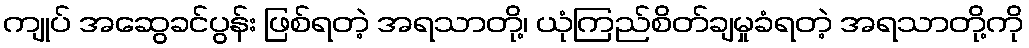
ကျုပ် အဆွေခင်ပွန်း ဖြစ်ရတဲ့ အရသာတို့၊ ယုံကြည်စိတ်ချမှုခံရတဲ့ အရသာတို့ကို